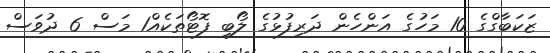
ޒަކަބާގްގެ 10 މަހުގެ އަންހެން ދަރިފުޅުގެ ލޯބި ފޮޓޯތަކެއް1 މަސް 6 ދުވަސް